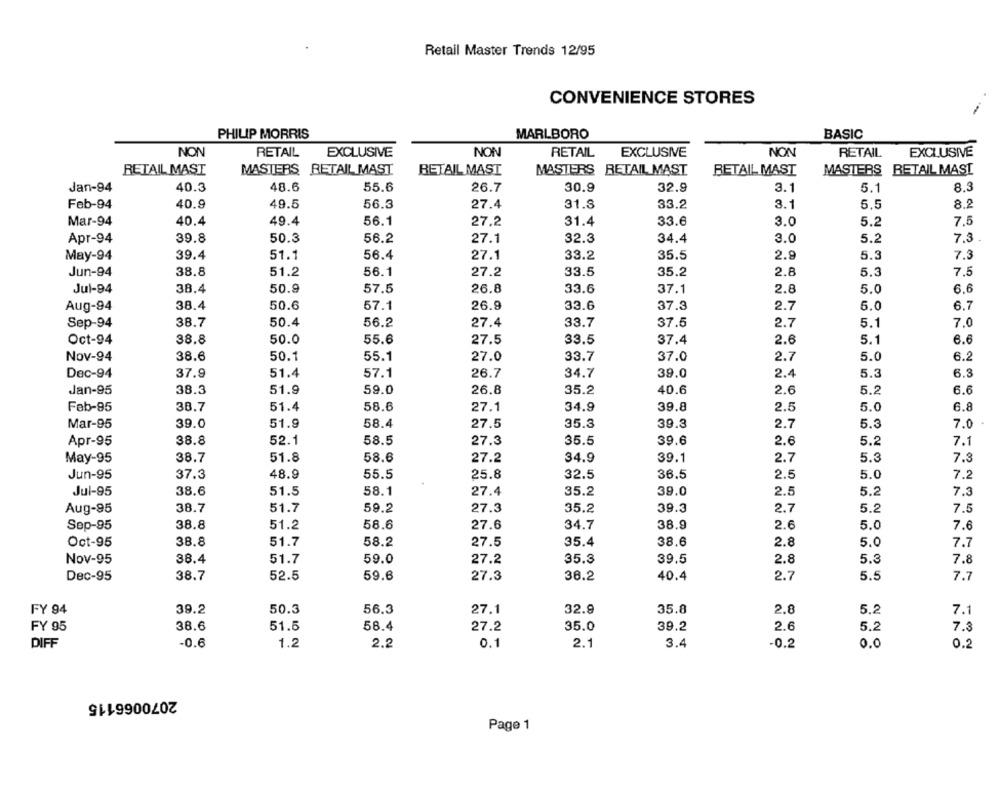
Retail Master Trends 12/95
CONVENIENCE STORES
PHILIP MORRIS
MARLBORO
BASIC
NON
RETAIL
EXCLUSIVE
NON
RETAIL
EXCLUSIVE
NON
RETAIL
EXCLUSIVE
RETAIL MAST
MASTERS RETAIL MAST
RETAIL MAST
MASTERS RETAIL MAST
RETAIL MAST
MASTERS RETAIL MAST
Jan-94
40.3
48.6
55.6
26.7
30.9
32.9
3.1
5.1
8.3
Feb-94
40.9
49.5
56.3
27.4
31.8
33.2
3.1
5.5
8.2
Mar-94
40.4
49.4
56.1
27.2
31.4
3.0
5.2
7.5
33.6
3.0
Apr-94
39.8
50.3
56.2
27.1
32.3
34.4
5.2
7.3
May-94
39.4
51.1
56.4
27.1
33.2
35.5
2.9
5.3
7.3
Jun-94
38.8
51.2
56.1
27.2
33.5
35.2
2.8
5.3
7.5
Jul-94
38.4
50.9
57.5
26.8
33.6
37.1
2.8
5.0
6.6
Aug-94
38.4
50.6
57.1
26.9
33.6
37.3
2.7
5.0
6.7
Sep-94
38.7
50.4
56.2
27.4
33.7
37.5
2.7
5.1
7.0
Oct-94
38.8
50.0
55.6
27.5
33.5
37.4
2.6
5.1
6.6
Nov-94
38.6
50.1
55.1
27.0
33.7
2.7
5.0
6.2
37.0
51.4
57.1
34.7
39.0
2.4
6.3
Dec-94
37.9
26.7
5.3
59.0
Jan-95
38.3
51.9
26.8
35.2
40.6
2.6
5.2
6.6
Feb-95
38.7
51.4
58.6
27.1
34.9
39.8
2.5
5.0
6.8
Mar-95
39.0
51.9
58.4
27.5
35.3
39.3
2.7
5.3
7.0
Apr-95
38.8
52.1
58.5
27.3
35.5
39.6
2.6
5.2
7.1
May-95
38.7
51.8
58.6
27.2
34.9
39.1
2.7
5.3
7.3
Jun-95
37.3
48.9
55.5
25.8
32.5
36.5
2.5
5.0
7.2
38.6
Jul-95
51.5
58.1
27.4
35.2
39.0
2.5
5.2
7.3
2.7
Aug-95
38.7
51.7
59.2
27.3
35.2
39.3
5.2
7.5
Sep-95
38.8
51.2
58.6
27.6
34.7
38.9
2.6
5.0
7.6
Oct-95
38.8
51.7
58.2
27.5
35.4
38.6
2.8
5.0
7.7
Nov-95
38.4
51.7
59.0
27.2
35.3
39.5
2.8
5.3
7.8
Dec-95
38.7
52.5
59.6
27.3
36.2
40.4
2.7
5.5
7.7
39.2
56.3
32.9
35.8
2.8
5.2
FY 94
50.3
27.1
7.1
38.6
FY 95
51.5
58.4
27.2
35.0
39.2
2.6
5.2
7.3
DIFF
-0.6
1.2
2.2
0.1
2.1
3.4
-0.2
0.0
0.2
2070066115
Page 1